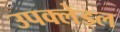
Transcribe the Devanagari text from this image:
उपक्लेड्ल